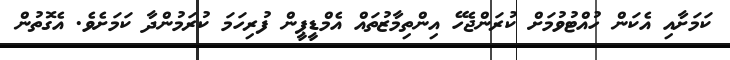
ކަމަށާއި އެކަން ހުއްޓުވުމަށް ކުރަންޖެހޭ އިންތިމާޒުތައް އެމްޑީޕީން ފުރިހަމަ ކުރަމުންދާ ކަމަށެވެ. އެގޮތުން